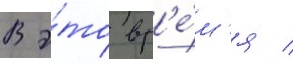
В э́то вр'е́м'я /